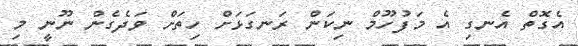
އެގޮތް އެނގި އެ މަފުހޫމް ނިކަން ރަނގަޅަށް ހިތަށް ވަދެގެން ނޫނީ މި